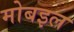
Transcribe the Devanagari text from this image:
मोबइल